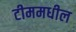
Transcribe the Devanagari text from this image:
टीममधील